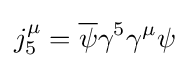
j_{5}^{\mu }={\overline {\psi }}\gamma ^{5}\gamma ^{\mu }\psi